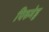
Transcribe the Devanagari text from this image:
पिरुमेडु